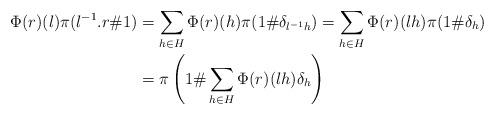
LaTeX: \begin{align*} \Phi(r)(l)\pi(l^{-1}. r\#1)&=\sum_{h \in H} \Phi(r)(h) \pi(1\#\delta_{l^{-1}h})=\sum_{h \in H} \Phi(r)(lh) \pi(1\#\delta_h) \\&= \pi\left( 1\#\sum_{h \in H} \Phi(r)(lh)\delta_h\right)\end{align*}